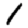
Digit: 1